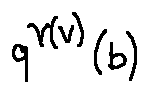
q ^ { \gamma ( v ) } ( b )